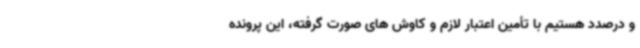
و درصدد هستیم با تأمین اعتبار لازم و کاوش های صورت گرفته، این پرونده